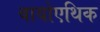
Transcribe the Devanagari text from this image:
बायोएथिक